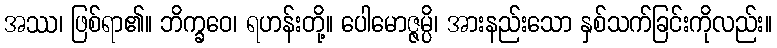
အဿ၊ ဖြစ်ရာ၏။ ဘိက္ခဝေ၊ ရဟန်းတို့။ ပေါမောဇ္ဇမ္ပိ၊ အားနည်းသော နှစ်သက်ခြင်းကိုလည်း။